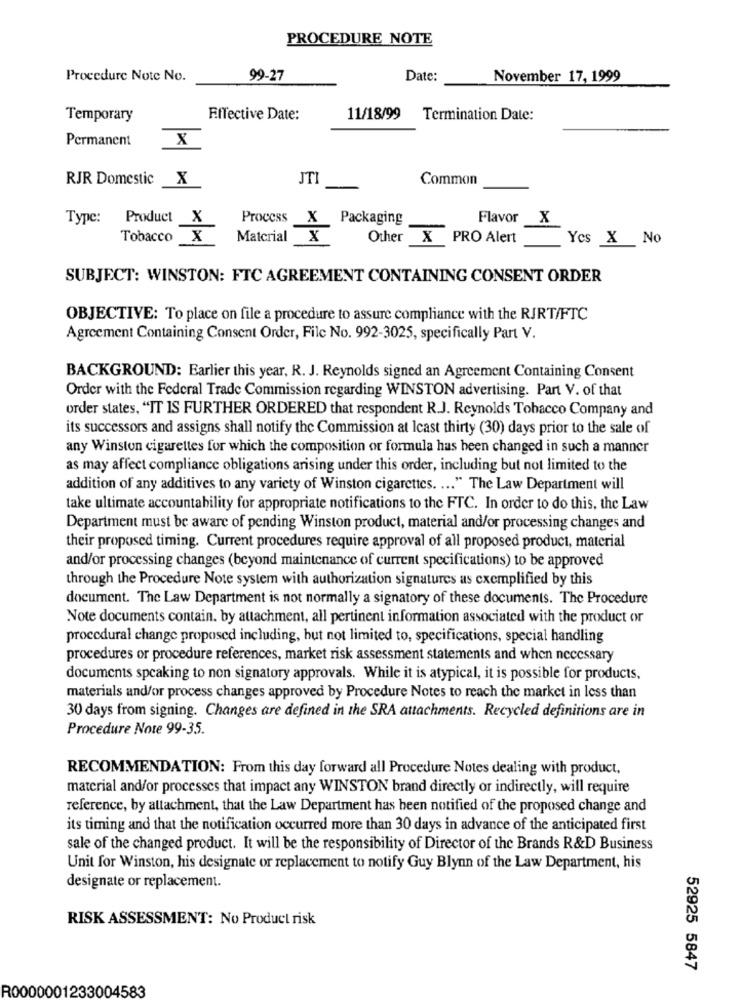
PROCEDURE NOTE
Procedure Note No.
99-27
Date:
November 17, 1999
Temporary
Effective Date:
11/18/99 Termination Date:
Permanent
X
RJR Domestic
X
JTI
Common
Type: Product X
Process X Packaging
Flavor X
Tobacco X
Material X
Other
PRO Alert
Yes X No
SUBJECT: WINSTON: FTC AGREEMENT CONTAINING CONSENT ORDER
OBJECTIVE: To place on file a procedure to assure compliance with the RJRT/FTC
Agreement Containing Consent Order, File No. 992-3025, specifically Part V.
BACKGROUND: Earlier this year, R. J. Reynolds signed an Agreement Containing Consent
Order with the Federal Trade Commission regarding WINSTON advertising. Part V. of that
order states, "IT IS FURTHER ORDERED that respondent R.J. Reynolds Tobacco Company and
its successors and assigns shall notify the Commission at least thirty (30) days prior to the sale of
any Winston cigarettes for which the composition or formula has been changed in such a manner
as may affect compliance obligations arising under this order, including but not limited to the
addition of any additives to any variety of Winston cigarettes. ... " The Law Department will
take ultimate accountability for appropriate notifications to the FTC. In order to do this, the Law
Department must be aware of pending Winston product, material and/or processing changes and
their proposed timing. Current procedures require approval of all proposed product, material
and/or processing changes (beyond maintenance of current specifications) to be approved
through the Procedure Note system with authorization signatures as exemplified by this
document. The Law Department is not normally a signatory of these documents. The Procedure
Note documents contain. by attachment, all pertinent information associated with the product or
procedural change proposed including, but not limited to, specifications, special handling
procedures or procedure references, market risk assessment statements and when necessary
documents speaking to non signatory approvals. While it is atypical, it is possible for products,
materials and/or process changes approved by Procedure Notes to reach the market in less than
30 days from signing. Changes are defined in the SRA attachments. Recycled definitions are in
Procedure Note 99-35.
RECOMMENDATION: From this day forward all Procedure Notes dealing with product,
material and/or processes that impact any WINSTON brand directly or indirectly, will require
reference, by attachment, that the Law Department has been notified of the proposed change and
its timing and that the notification occurred more than 30 days in advance of the anticipated first
sale of the changed product. It will be the responsibility of Director of the Brands R&D Business
Unit for Winston, his designate or replacement to notify Guy Blynn of the Law Department, his
designate or replacement.
RISK ASSESSMENT: No Product risk
52925 5847
R0000001233004583